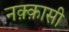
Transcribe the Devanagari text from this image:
नक़्क़ासी